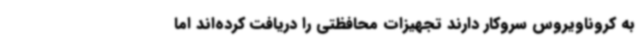
به کروناویروس سروکار دارند تجهیزات محافظتی را دریافت کرده‌اند اما